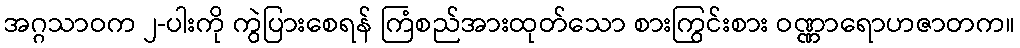
အဂ္ဂသာဝက ၂-ပါးကို ကွဲပြားစေရန် ကြံစည်အားထုတ်သော စားကြွင်းစား ဝဏ္ဏာရောဟဇာတက။